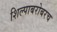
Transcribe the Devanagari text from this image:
शिल्पाबरोबरच